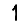
Digit: 1